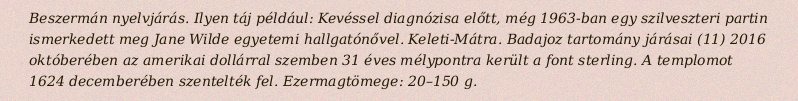
Beszermán nyelvjárás. Ilyen táj például: Kevéssel diagnózisa előtt, még 1963-ban egy szilveszteri partin ismerkedett meg Jane Wilde egyetemi hallgatónővel. Keleti-Mátra. Badajoz tartomány járásai (11) 2016 októberében az amerikai dollárral szemben 31 éves mélypontra került a font sterling. A templomot 1624 decemberében szentelték fel. Ezermagtömege: 20–150 g.